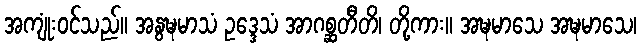
အကျုံးဝင်သည်။ အနွဍ္ဎမာသံ ဥဒ္ဒေသံ အာဂစ္ဆတီတိ၊ တို့ကား။ အဍ္ဎမာသေ အဍ္ဎမာသေ၊